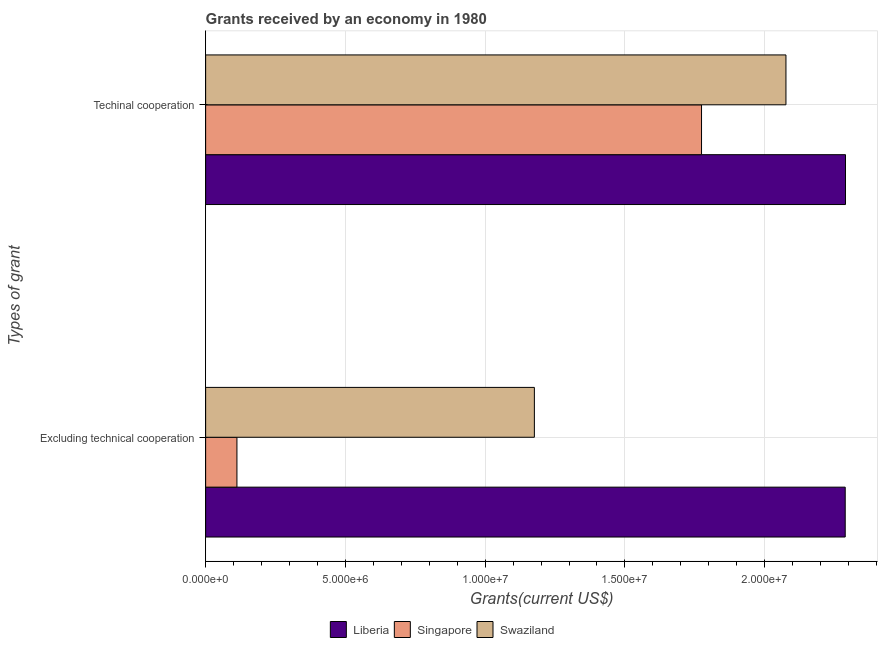
| Types of grant | Liberia | Singapore | Swaziland |
 | --- | --- | --- | --- |
 | Excluding technical cooperation | 2.29e+07 | 1.12e+06 | 1.18e+07 |
 | Techinal cooperation | 2.29e+07 | 1.77e+07 | 2.08e+07 |